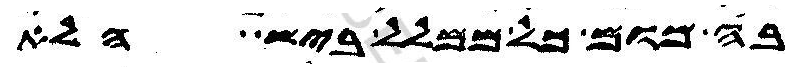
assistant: בה מום כל ממלל ביש הלא